Kaarli_(Someru)_vallavalitsus, lk 10
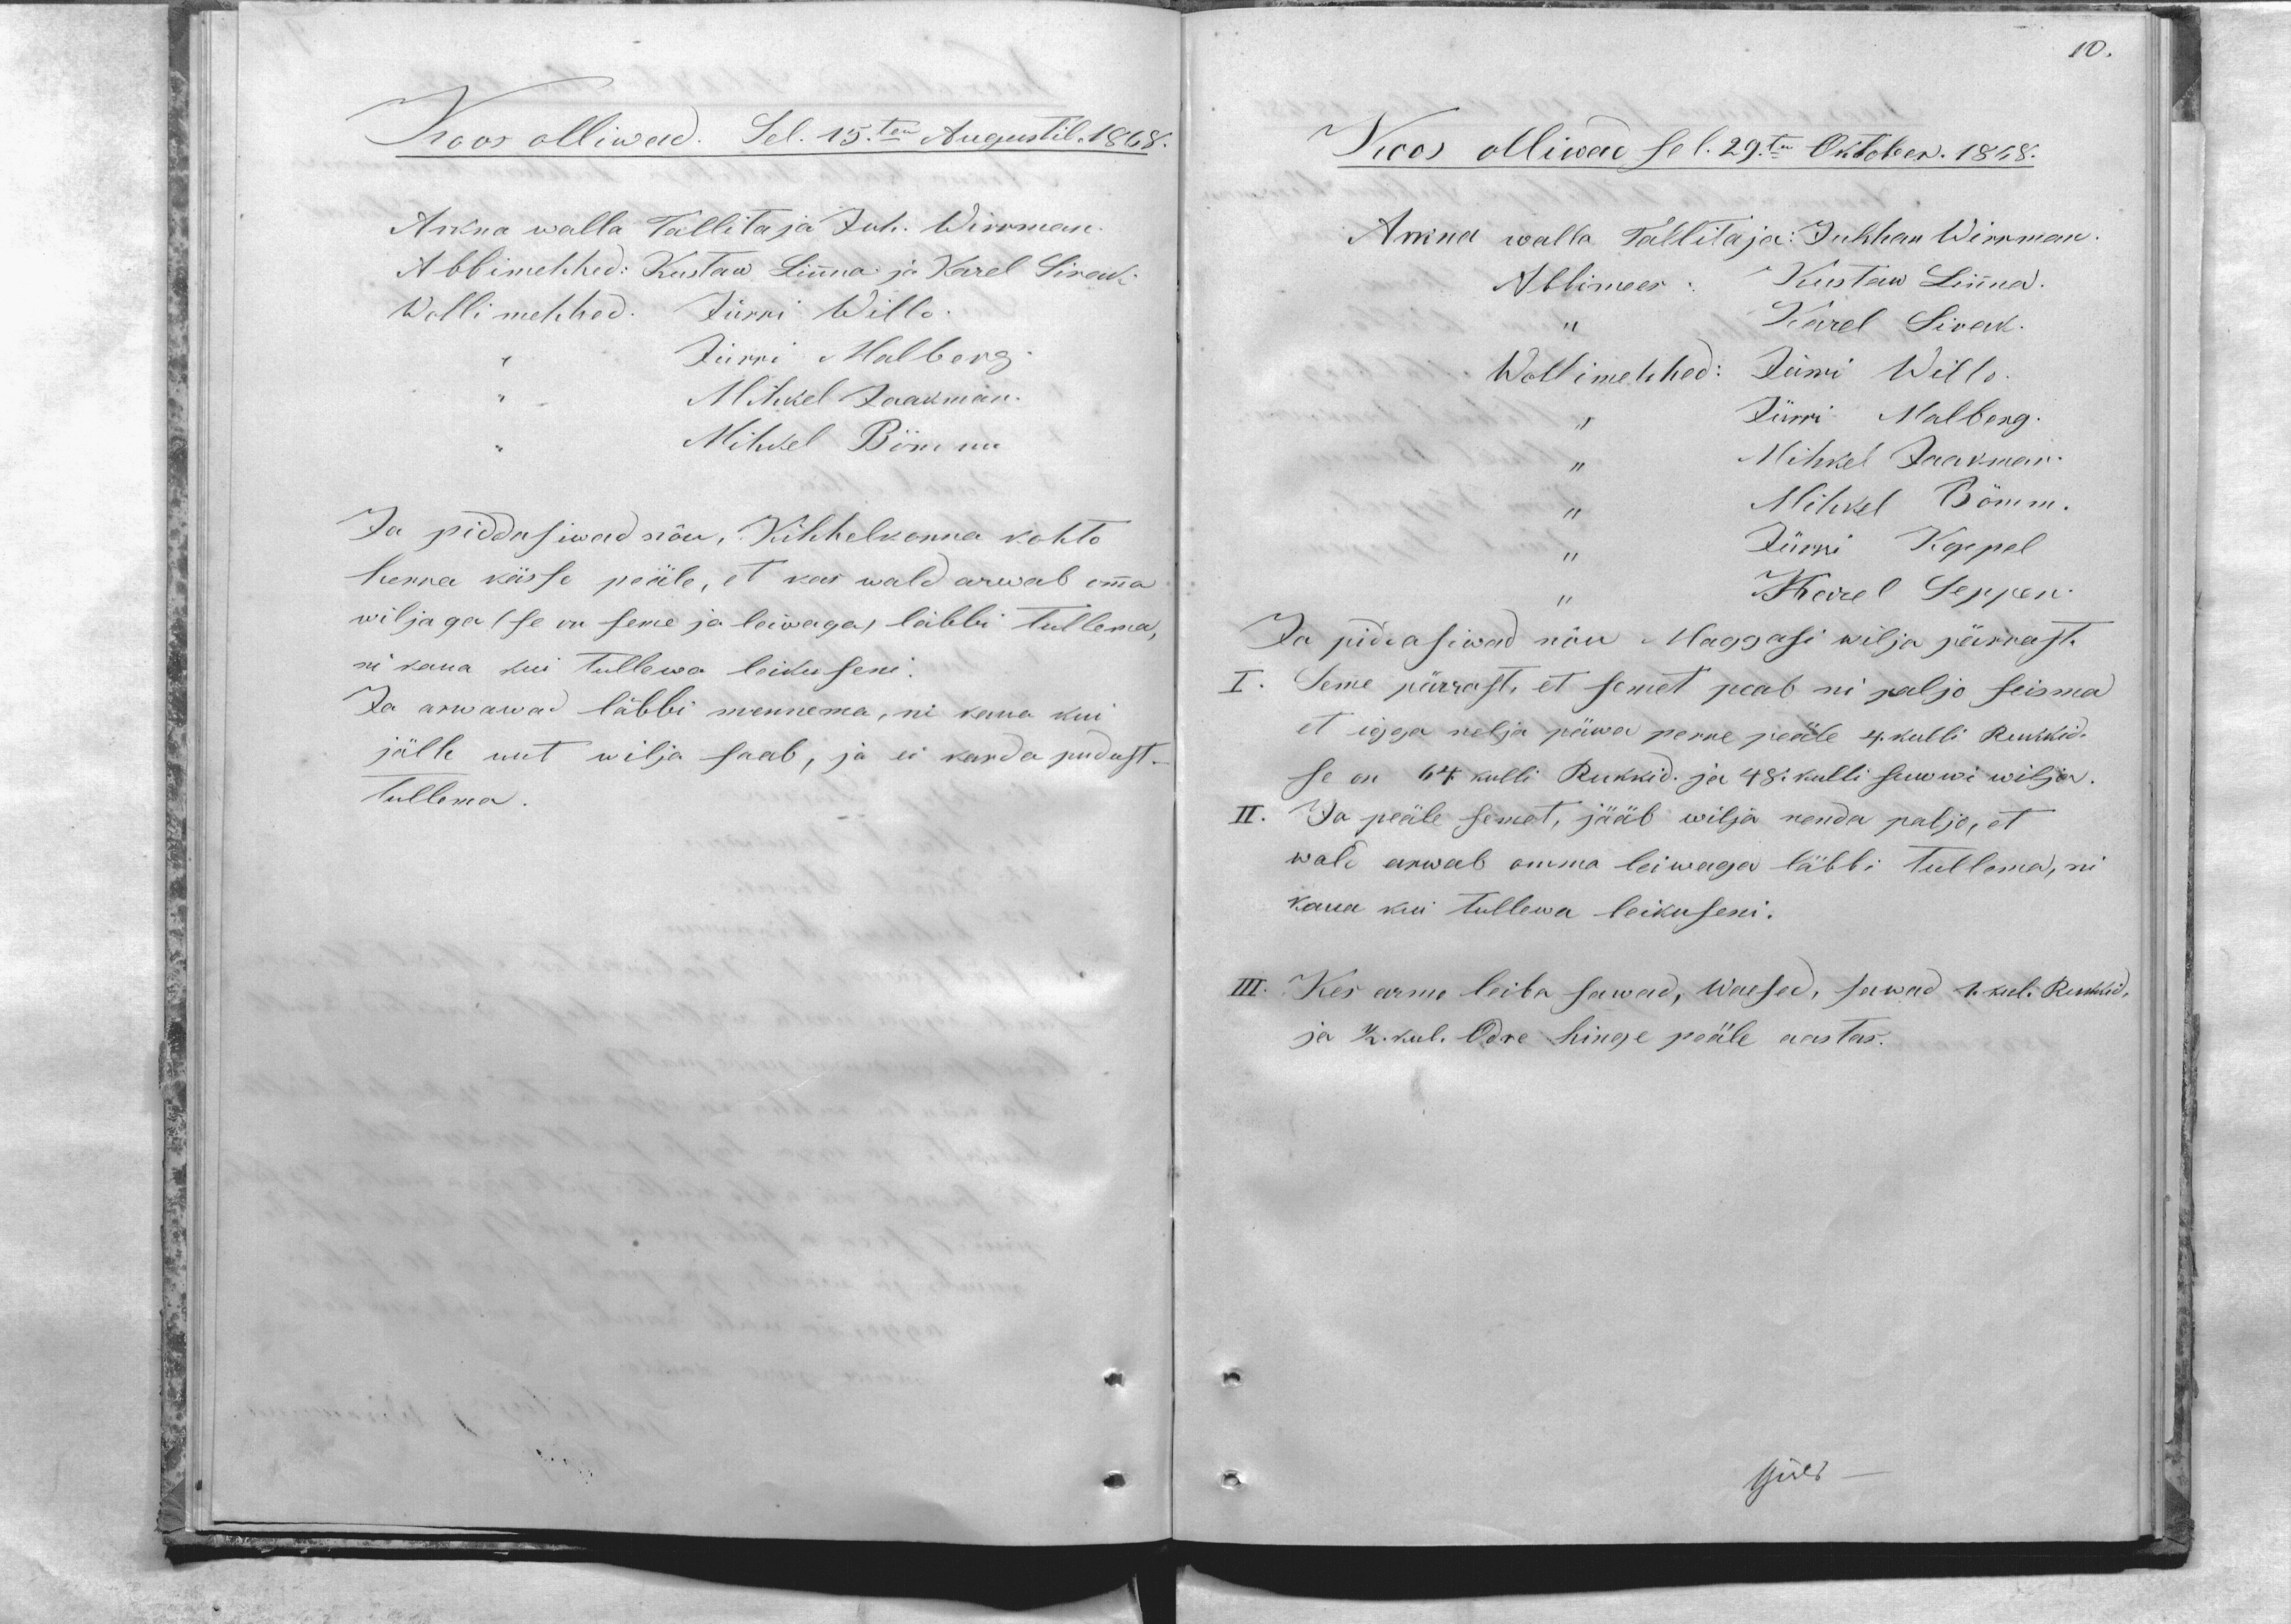
10.

Koos olliwad. Sel. 15.ten Augustil. 1868.
Arkna walla Tallitaja Juh. Wirrman
Abbimehhed: Kustaw Linna ja Karel Sirak
Wollimehhed. Jürri Willo.
,, Jürri Malberg.
,, Mihkel Jaakman.
,, Mihkel Bömm
Ja piddasiwad nõu, Kihhelkonna kohto
herra kässo peäle, et kas wald arwab omma
wiljaga (se on seme ja leiwaga, läbbi tullema,
ni kaua kui tullewa leikuseni.
Ja arwawad läbbi mennema, ni kaua kui
jälle uut wilja saab, ja ei karda pudust.
tullema.

Koos olliwad sel 29.ten Oktober. 1868.
Arkna walla Tallitaja: Juhhan Wirrman.
Abbimees: Kustaw Linna.
,, Karel Sirak.
Wollimehhed: Jürri Willo.
,, Jürri Malberg.
,, Mihkel Jaakman.
,, Mihkel Bömm.
,, Jürri Koppel
,, Karel Seppen.
Ja pidasiwad nõu Maggasi wilja pärrast.
I. Seme pärrast, et semet peab nii paljo seisma
et igga nelja päwa perre peäle 4. kulli Rukkid
se on 64. kulli Rukkid. ja 48. kulli suwwi wilja.
II. Ja peäle semet, jääb wilja nenda paljo, et
wald arwab omma leiwaga läbbi tullema, ni
kaua kui tullewa leikuseni.
III. Kes armo leiba sawad, waesed, sawad 1. kul. Rukkid,
ja 1/2. kul. Odre hinge peäle aastas.